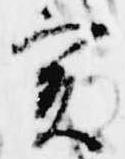
実